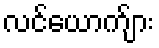
လင်ယောက်ျား